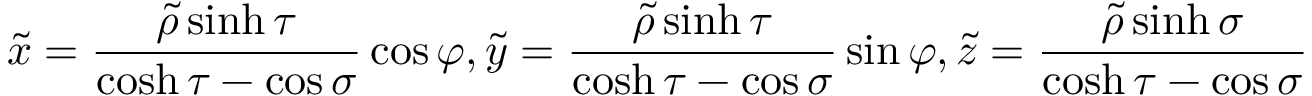
\tilde { x } = \frac { \widetilde { \rho } \sinh \tau } { \cosh \tau - \cos \sigma } \cos \varphi , \tilde { y } = \frac { \widetilde { \rho } \sinh \tau } { \cosh \tau - \cos \sigma } \sin \varphi , \tilde { z } = \frac { \widetilde { \rho } \sinh \sigma } { \cosh \tau - \cos \sigma }